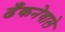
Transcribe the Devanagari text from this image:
ढँकनेवाले